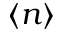
\langle n \rangle